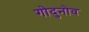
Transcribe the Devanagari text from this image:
गोदुनोव